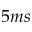
5 m s